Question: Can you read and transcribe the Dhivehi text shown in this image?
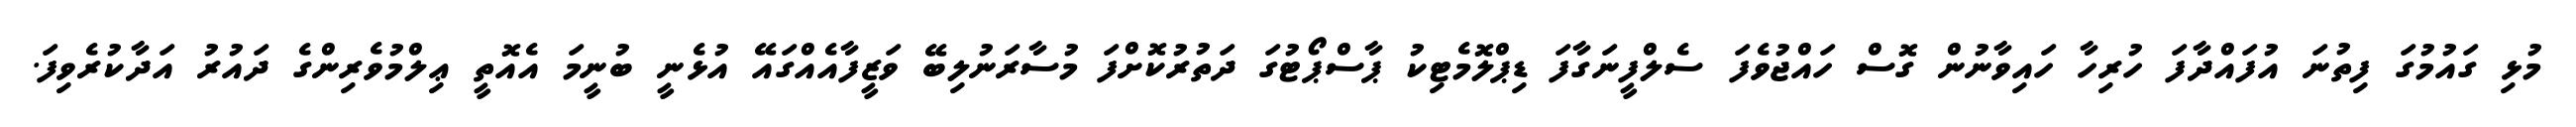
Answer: މުޅި ގައުމުގަ ފިތުނަ އުފައްދާފަ ހުރިހާ ހައިވާނުން ގޮސް ހައްޖުވެފަ ސެލްފީނަގާފަ ޑިޕްލޮމެޓިކު ޕާސްޕޯޓުގަ ދަތުރުކޮށްފަ މުސާރަނުލިބޭ ވަޒީފާއެއްގައޭ އުޅެނީ ބުނީމަ އެއޮތީ ޢިލްމުވެރިންގެ ދައުރު އަދާކުރެވިފަ.